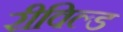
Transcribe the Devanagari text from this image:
रीविल्ड